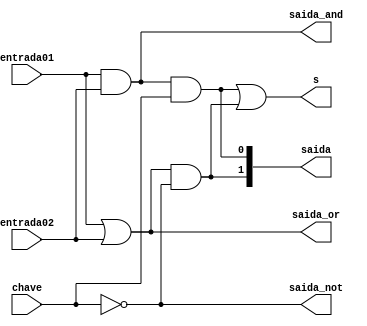
// -------------------------
// Exemplo0032 - Selecionvel
// Nome: Fernando dos Santos Silva
// -------------------------
// -------------------------
// selecionavel_gate
// -------------------------
 
	module selecionavel(output [0:0]saida_and, output [0:0]saida_or, output [1:0]saida, output [0:0]s, output [0:0]saida_not, input [0:0]entrada01, input [0:0]entrada02, input [0:0]chave);
	//---AND
		and AND1(saida_and[0], entrada01[0], entrada02[0]);
			//---OR
		or OR1(saida_or[0], entrada01[0], entrada02[0]);
			//---AND
		and AND5(saida[0], saida_and[0], chave[0]);
			//---NOT	 
		not NOT1(saida_not[0], chave[0]);
	//---AND 
		and AND9(saida[1], saida_or[0], saida_not[0]);
			//---OR 
		or OR5(s[0], saida[0], saida[1]);
			
	endmodule //selecionavel

// ------------------------- 
// -- test f4
// -------------------------
	 module test_selecionavel;
// ------------------------- definir dados
    reg  [0:0] x;
	 reg  [0:0] y;
	 reg  [0:0] c;
	 
	 wire [0:0] w;
	 wire [0:0] k;
	 wire [1:0] z;
	 wire [0:0] m;
	 wire [0:0] g;

    selecionavel modulo (w, k, z, m, g, x, y, c);

// ------------------------- parte principal
	 initial begin
		$display("Exemplo0032 - Fernando dos Santos Silva - 414506");
		$display("Test LU's module:\n");
      #1 x = 1'b0; y = 1'b1; c = 0;
		$monitor("\tChave = %1b\n x = %1b  y = %1b  Sada ==> %1b\n", c, x, y, m);
		#1 x = 1'b0; y = 1'b1; c = 1;		
		#1 x = 1'b1; y = 1'b0; c = 0;
		#1 x = 1'b0; y = 1'b0; c = 1;		
			 end
	endmodule // test_f4